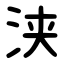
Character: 浃